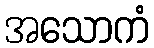
အသောကံ